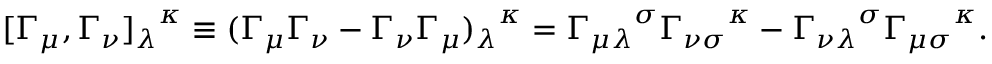
[ \Gamma _ { \mu } , \Gamma _ { \nu } { ] _ { \lambda } } ^ { \kappa } \equiv ( \Gamma _ { \mu } \Gamma _ { \nu } - \Gamma _ { \nu } \Gamma _ { \mu } { ) _ { \lambda } } ^ { \kappa } = { \Gamma _ { \mu \lambda } } ^ { \sigma } { \Gamma _ { \nu \sigma } } ^ { \kappa } - { \Gamma _ { \nu \lambda } } ^ { \sigma } { \Gamma _ { \mu \sigma } } ^ { \kappa } .